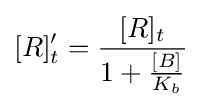
[R]'_{t}={\frac {[R]_{t}}{1+{\frac {[B]}{K_{b}}}}}